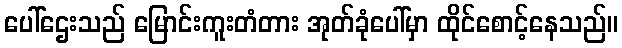
ပေါ်ဌေးသည် မြောင်းကူးတံတား အုတ်ခုံပေါ်မှာ ထိုင်စောင့်နေသည်။